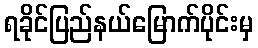
ရခိုင်ပြည်နယ်မြောက်ပိုင်းမှ